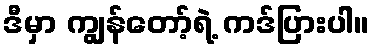
ဒီမှာ ကျွန်တော့်ရဲ့ ကဒ်ပြားပါ။